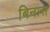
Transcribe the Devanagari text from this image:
बिनास